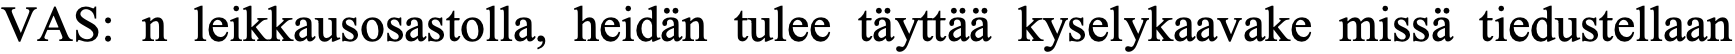
VAS: n leikkausosastolla, heidän tulee täyttää kyselykaavake missä tiedustellaan